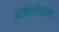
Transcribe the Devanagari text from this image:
ब्राह्मणीगमनेन